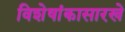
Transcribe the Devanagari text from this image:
विशेषांकासारखे